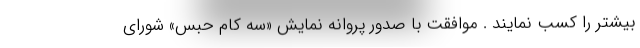
بیشتر را کسب نمایند . موافقت با صدور پروانه نمایش «سه کام حبس» شورای